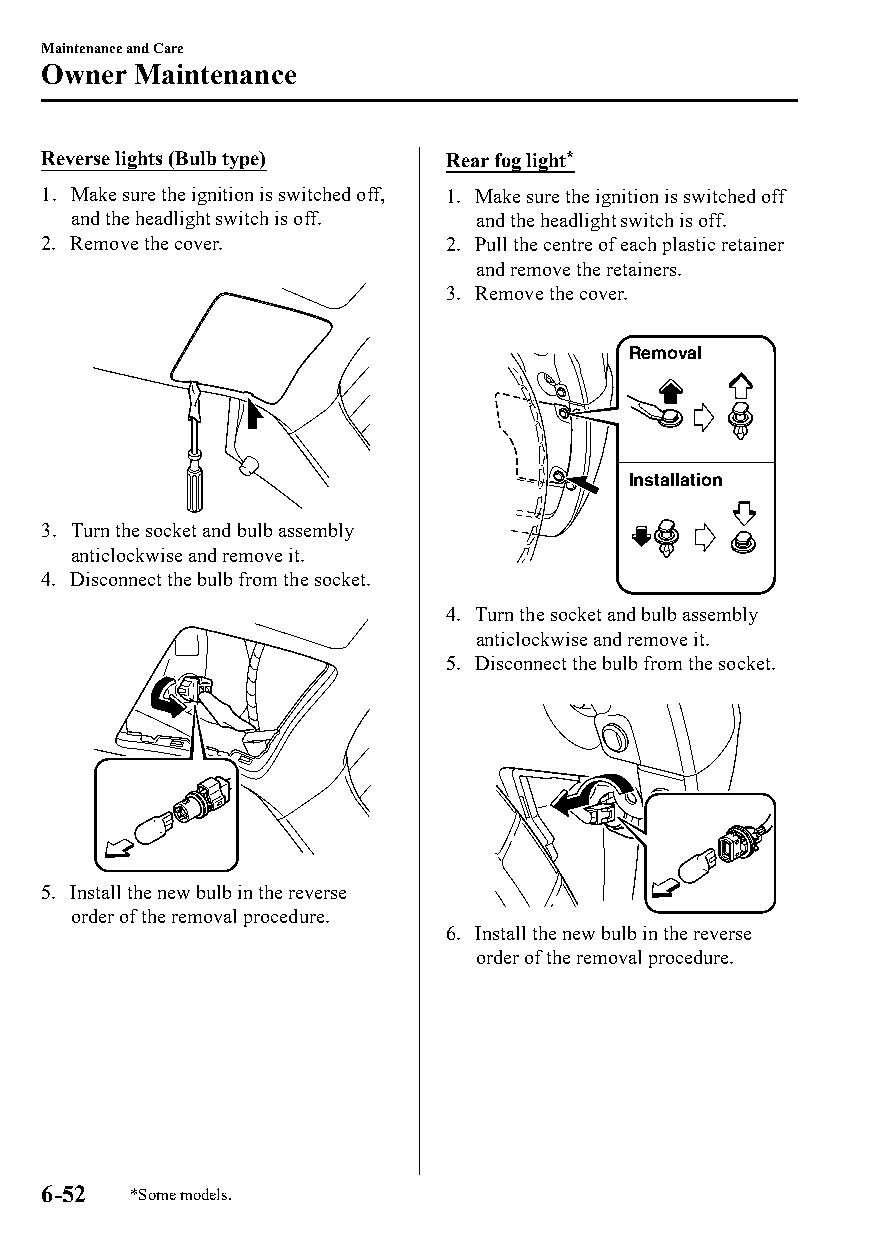
Maintenance and Care
 Owner  Maintenance
 Reverse lights (Bulb type) Rear fog light*
 1. Make sure the ignition is switched off, 1. Make sure the ignition is switched off
 and the headlight switch is off. and the headlight switch is off.
 2. Remove the cover.       2. Pull the centre of each plastic retainer
 and remove the retainers.
 3. Remove the cover.
 Removal
 Installation
 3. Turn the socket and bulb assembly
 anticlockwise and remove it.
 4. Disconnect the bulb from the socket.
 4. Turn the socket and bulb assembly
 anticlockwise and remove it.
 5. Disconnect the bulb from the socket.
 5. Install the new bulb in the reverse
 order of the removal procedure.
 6. Install the new bulb in the reverse
 order of the removal procedure.
 6-52  *Some models.
 CX-3_8GT4-EE-18D_Edition4                  2018-9-6 18:32:19